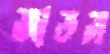
জাডস